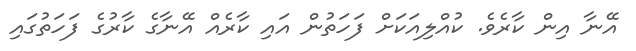
އޭނާ އިން ކާރެވެ. ކުއްލިއަކަށް ފަހަތުން އައި ކާރެއް އޭނާގެ ކާރުގެ ފަހަތުގައި